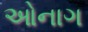
ઓનાગ